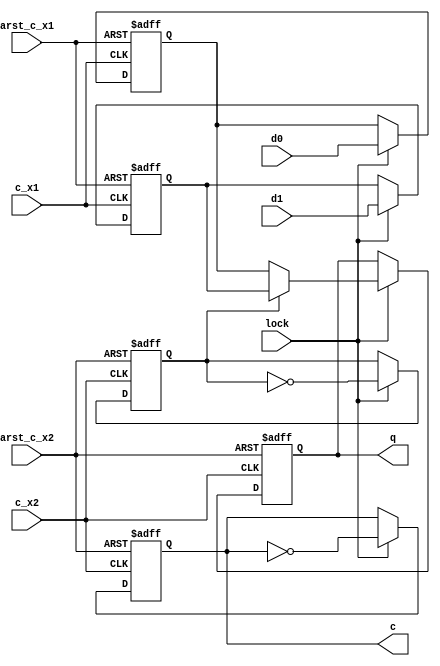
module sync_ddio_group_out
#(
	parameter	DW		= 1,
	parameter	INIT	= 1'b0,
	parameter	SYNC	= "RISING"
)
(
	input	arst_c_x1,
	input	arst_c_x2,
	input	[DW-1:0]d0,
	input	[DW-1:0]d1,
	input	c_x1,
	input	c_x2,
	input	lock,
	output	c,
	output	[DW-1:0]q
);

reg		[DW-1:0]r_d0_x1_1P;
reg		[DW-1:0]r_d1_x1_1P;

reg		r_c_x2_1P;
reg		r_s_x2_1P;
reg		[DW-1:0]r_d_x2_2P;

wire	w_c_rst;

generate
	if (SYNC == "FALLING")
		assign	w_c_rst	= 1'b1;
	else
		assign	w_c_rst	= 1'b0;
endgenerate

always@(posedge arst_c_x1 or posedge c_x1)
//always@(posedge arst or posedge c_x1)
//always@(negedge arst or posedge c_x1)
begin
	if (arst_c_x1)
//	if (arst)
//	if (~arst)
	begin
		r_d0_x1_1P	<= {DW{INIT}};
		r_d1_x1_1P	<= {DW{INIT}};
	end
	else if (lock)
	begin
		r_d0_x1_1P	<= d0;
		r_d1_x1_1P	<= d1;
	end
end

always@(posedge arst_c_x2 or posedge c_x2)
//always@(posedge arst or posedge c_x2)
//always@(negedge arst or posedge c_x2)
begin
	if (arst_c_x2)
//	if (arst)
//	if (~arst)
	begin
		r_c_x2_1P	<= w_c_rst;
		r_s_x2_1P	<= 1'b0;
		r_d_x2_2P	<= {DW{INIT}};
	end
	else if (lock)
	begin
		r_c_x2_1P	<= ~r_c_x2_1P;
		r_s_x2_1P	<= ~r_s_x2_1P;
		if (r_s_x2_1P)
			r_d_x2_2P	<= r_d1_x1_1P;
		else
			r_d_x2_2P	<= r_d0_x1_1P;
	end
end

assign	c	= r_c_x2_1P;
assign	q	= r_d_x2_2P;

endmodule